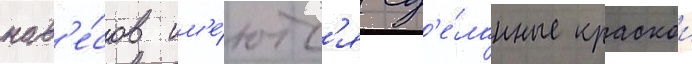
нав'е́сов им'е́ютс'я сд'е́ланные краскои